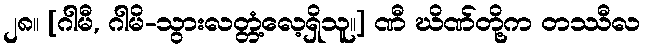
၂၈။ [ဂါမီ, ဂါမိ-သွားလတ္တံ့လေ့ရှိသူ။] ဏီ ဃိဏ်တို့က တဿီလ